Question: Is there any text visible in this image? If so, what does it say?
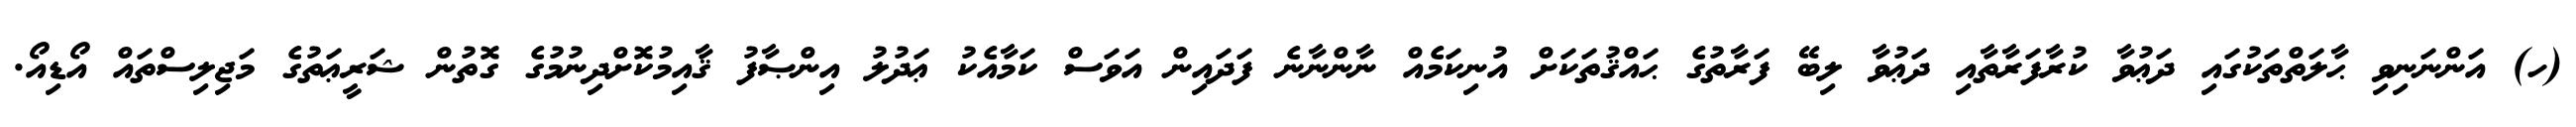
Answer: (ހ) އަންނަނިވި ޙާލަތްތަކުގައި ދަޢުވާ ކުރާފަރާތާއި ދަޢުވާ ލިބޭ ފަރާތުގެ ޙައްޤުތަކަށް އުނިކަމެއް ނާންނާނެ ފަދައިން އަވަސް ކަމާއެކު ޢަދުލު އިންޞާފު ޤާއިމުކޮށްދިނުމުގެ ގޮތުން ޝަރީޢަތުގެ މަޖިލިސްތައް އޯޑިއޯ.